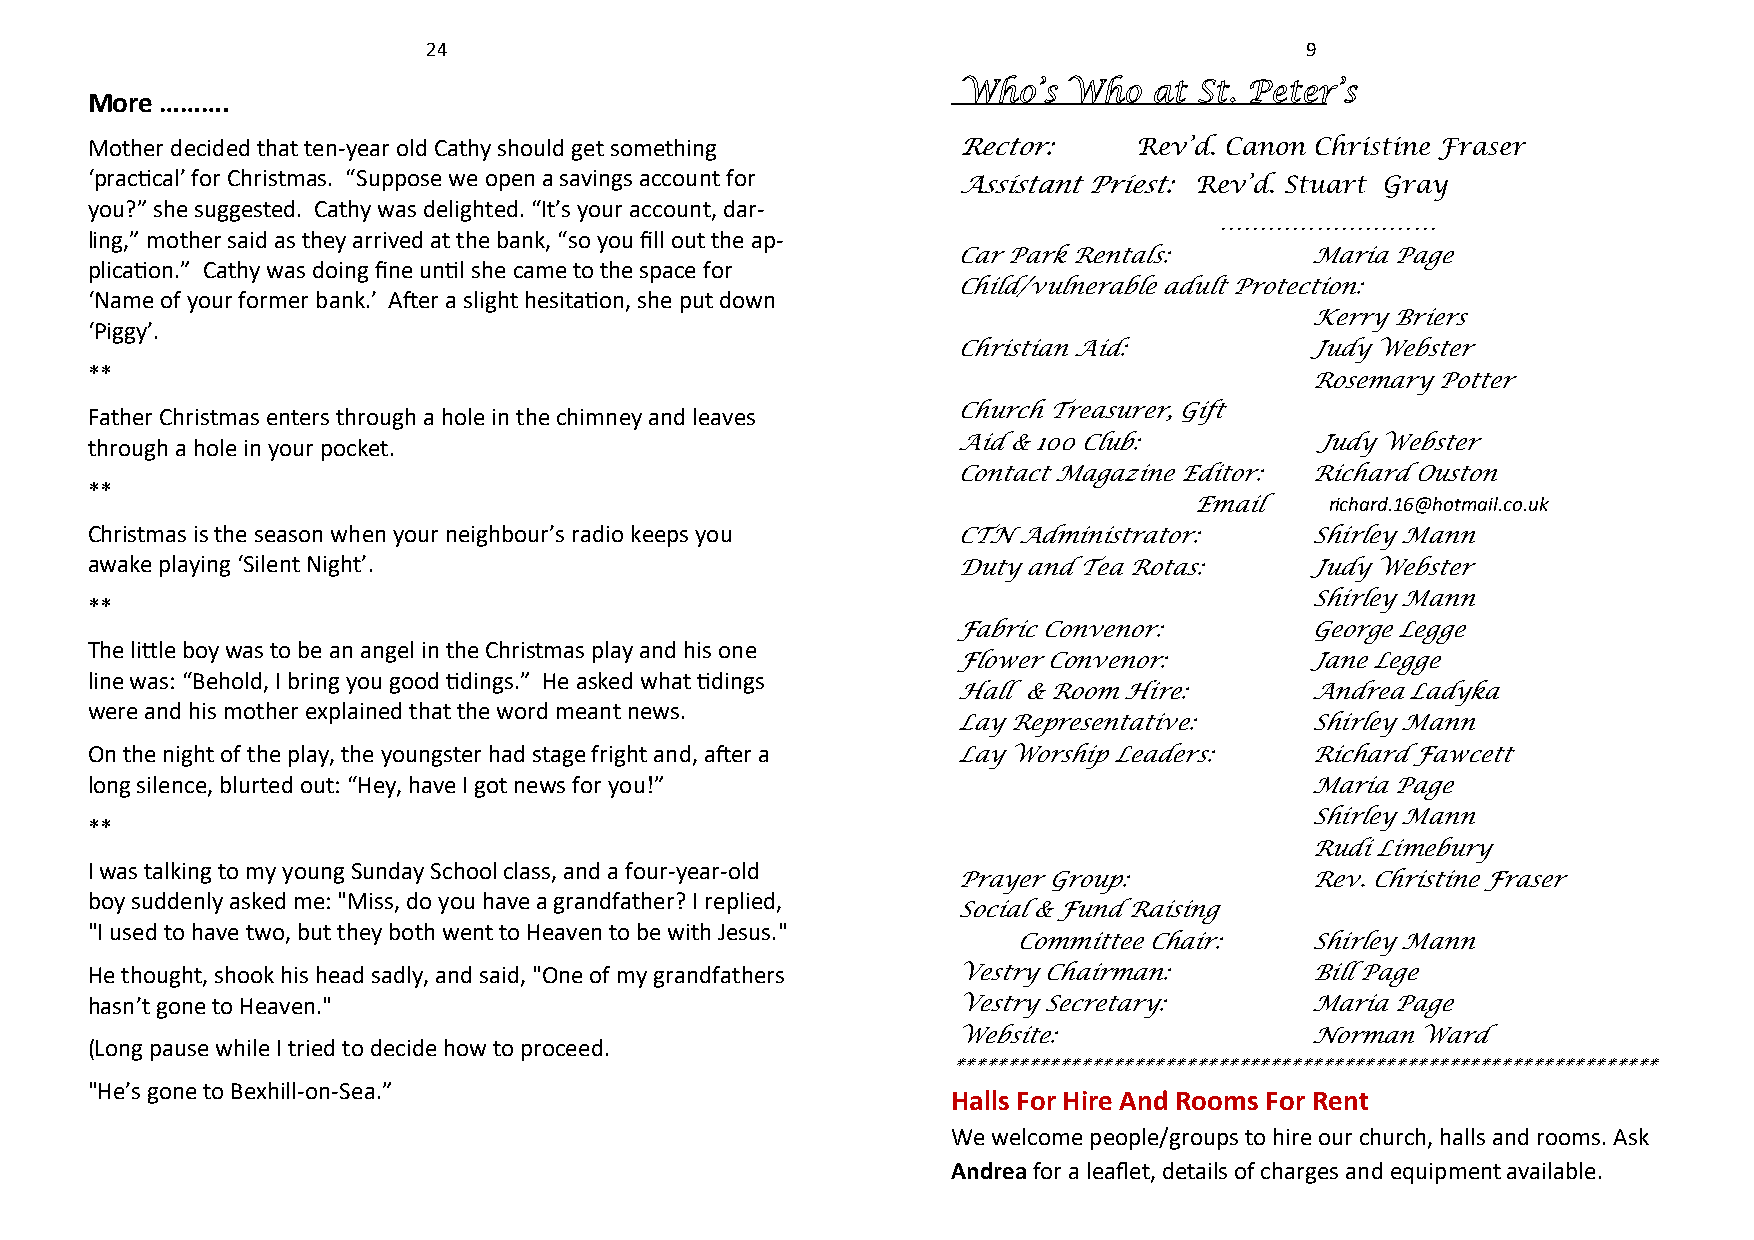
24                                                        9
 Who’s  Who  at St. Peter’s
 More ……….
 Mother decided that ten-year old Cathy should get something Rector:  Rev’d. Canon Christine Fraser
 ‘practical’ for Christmas. “Suppose we open a savings account for
 Assistant Priest: Rev’d. Stuart Gray
 you?” she suggested. Cathy was delighted. “It’s your account, dar-
 ………………………
 ling,” mother said as they arrived at the bank, “so you fill out the ap-
 Car Park Rentals:       Maria Page
 plication.” Cathy was doing fine until she came to the space for
 Child/vulnerable adult Protection:
 ‘Name of your former bank.’ After a slight hesitation, she put down
 Kerry Briers
 ‘Piggy’.
 Christian Aid:          Judy Webster
 **
 Rosemary Potter
 Father Christmas enters through a hole in the chimney and leaves Church Treasurer, Gift
 through a hole in your pocket.                           Aid & 100 Club:         Judy Webster
 Contact Magazine Editor: Richard Ouston
 **
 Email    r ichard.16@hotmail.co.uk
 Christmas is the season when your neighbour’s radio keeps you CTN Administrator: Shirley Mann
 awake playing ‘Silent Night’.                            Duty and Tea Rotas:     Judy Webster
 **                                                                               Shirley Mann
 Fabric Convenor:        George Legge
 The little boy was to be an angel in the Christmas play and his one
 Flower Convenor:        Jane Legge
 line was: “Behold, I bring you good tidings.” He asked what tidings
 Hall & Room Hire:       Andrea Ladyka
 were and his mother explained that the word meant news.
 Lay Representative:     Shirley Mann
 On the night of the play, the youngster had stage fright and, after a Lay Worship Leaders: Richard Fawcett
 long silence, blurted out: “Hey, have I got news for you!”                       Maria Page
 Shirley Mann
 **
 Rudi Limebury
 I was talking to my young Sunday School class, and a four-year-old
 Prayer Group:           Rev. Christine Fraser
 boy suddenly asked me: "Miss, do you have a grandfather? I replied,
 Social & Fund Raising
 "I used to have two, but they both went to Heaven to be with Jesus."
 Committee Chair:    Shirley Mann
 He thought, shook his head sadly, and said, "One of my grandfathers Vestry Chairman: Bill Page
 hasn’t gone to Heaven."                                  Vestry Secretary:       Maria Page
 Website:                Norman Ward
 (Long pause while I tried to decide how to proceed.
 *******************************************************************
 "He’s gone to Bexhill-on-Sea.”
 Halls For Hire And Rooms For Rent
 We welcome people/groups to hire our church, halls and rooms. Ask
 Andrea for a leaflet, details of charges and equipment available.